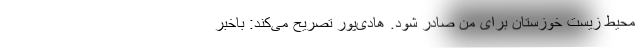
محیط زیست خوزستان برای من صادر شود. هادی‌پور تصریح می‌کند: باخبر